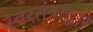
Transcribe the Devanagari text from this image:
स्वरतंत्राद्वारे